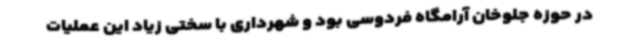
در حوزه جلوخان آرامگاه فردوسی بود و شهرداری با سختی زیاد این عملیات